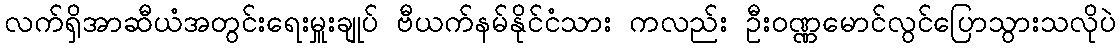
လက်ရှိအာဆီယံအတွင်းရေးမှူးချုပ် ဗီယက်နမ်နိုင်ငံသား ကလည်း ဦးဝဏ္ဏမောင်လွင်ပြောသွားသလိုပဲ